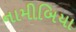
નામીબિયા